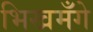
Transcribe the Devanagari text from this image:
भिखमँगे